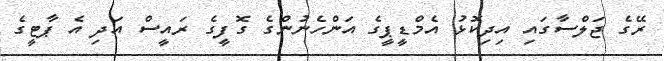
ރޭގެ ޖަލްސާގައި އިދިކޮޅު އެމްޑީޕީގެ އަންހެނުންގެ ގޮފީގެ ރައީސް އަދި އެ ޕާޓީގެ